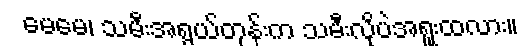
မေမေ၊ သမီးအရွယ်တုန်းက သမီးလိုပဲအရူးထလား။